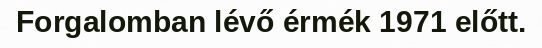
Forgalomban lévő érmék 1971 előtt.